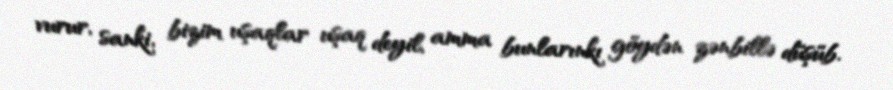
vurur, sanki, bizim uşaqlar uşaq deyil, amma bunlarınkı göydən zənbillə düşüb.